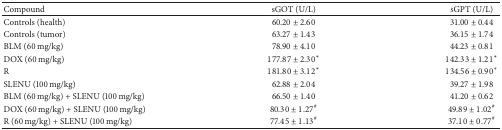
| Compound | sGOT (U/L) | sGPT (U/L) |
 | --- | --- | --- |
 | Controls (health) | 60.20 ± 2.60 | 31.00 ± 0.44 |
 | Controls (tumor) | 63.27 ± 1.43 | 36.15 ± 1.74 |
 | BLM (60 mg/kg) | 78.90 ± 4.10 | 44.23 ± 0.81 |
 | DOX (60 mg/kg) | 177.87 ± 2.30* | 142.33 ± 1.21* |
 | R | 181.80 ± 3.12* | 134.56 ± 0.90* |
 | SLENU (100 mg/kg) | 62.88 ± 2.04 | 39.27 ± 1.98 |
 | BLM (60 mg/kg) + SLENU (100 mg/kg) | 66.50 ± 1.40 | 41.20 ± 0.62 |
 | DOX (60 mg/kg) + SLENU (100 mg/kg) | 80.30 ± 1.27# | 49.89 ± 1.02# |
 | R (60 mg/kg) + SLENU (100 mg/kg) | 77.45 ± 1.13# | 37.10 ± 0.77# |